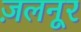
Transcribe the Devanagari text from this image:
ज़लनूर